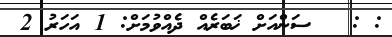
: :   ސަންއަށް ޚަބަރެއް ދެއްވުމަށް: 1 އަހަރު 2